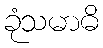
ခုံသမာဓိ